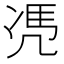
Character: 𠙖